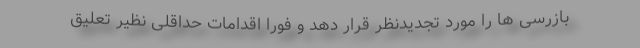
بازرسی ها را مورد تجدیدنظر قرار دهد و فوراً اقدامات حداقلی نظیر تعلیق